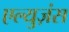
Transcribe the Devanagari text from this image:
एल्युज़ंस